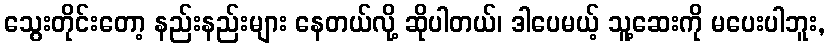
သွေးတိုင်းတော့ နည်းနည်းများ နေတယ်လို့ ဆိုပါတယ်၊ ဒါပေမယ့် သူ့ဆေးကို မပေးပါဘူး,